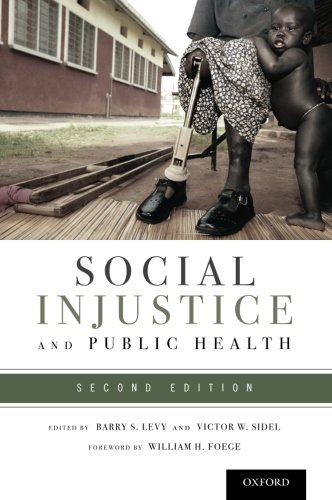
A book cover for Social Injustice and Public Health; Medical Books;